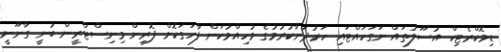
ޑިމޮކްރެޓިކް އުސޫލުތައް ނަގަހައްޓައި ހަރުދަނާކުރުމުގެ މުހިއްމުކަން ފާހަގަކޮށް ފޮރިން މިނިސްޓްރީން ބުނީ ގާނޫނީ